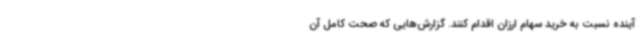
آینده نسبت به خرید سهام ارزان اقدام کنند. گزارش‌هایی که صحت کامل آن